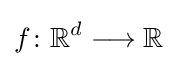
f\colon \mathbb {R} ^{d}\longrightarrow \mathbb {R}